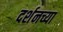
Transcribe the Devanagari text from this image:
दर्शनच्या